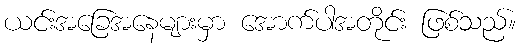
ယင်းအခြေအနေများမှာ အောက်ပါအတိုင်း ဖြစ်သည်။